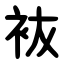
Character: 䘠